Punjab Mental Hospital Lahore 1922-31 - 1922-1931
Year: 1922
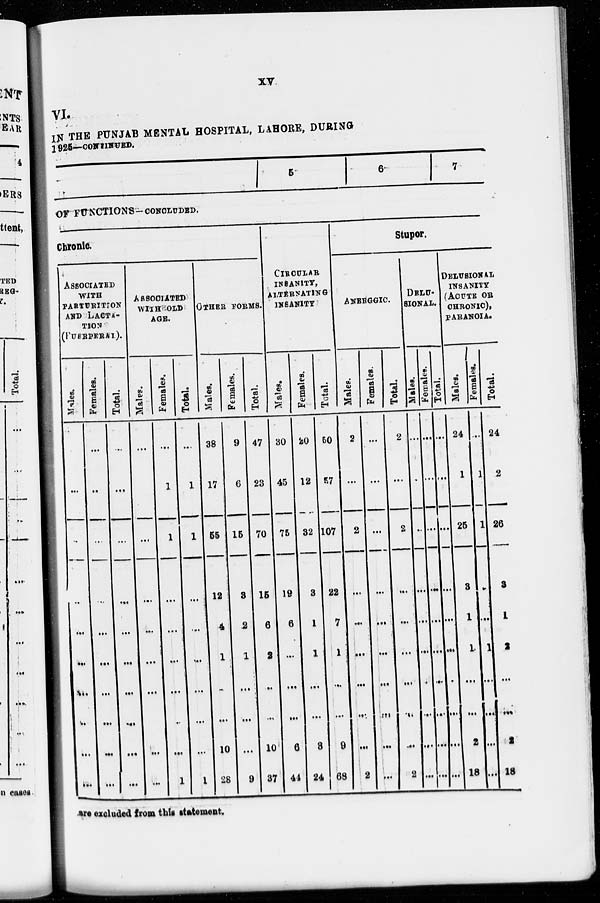
VI.
IN THE PUNJAB MENTAL HOSPITAL, LAHORE, DURING
1925—CONTINUED.
5
6
7
OF FUNCTIONS-CONCLUDED.
Chronic.
ASSOCIATED
WITH
PARTURITION
AND LACTA¬
TION
(PUERPERAL).
Males.
...
...
...
...
...
...
...
...
...
...
Females.
...
...
...
...
...
...
...
...
...
...
Total.
...
...
...
...
...
...
...
...
...
...
ASSOCIATED
WITH OLD
AGE.
Males.
...
...
...
...
...
...
...
...
...
Females.
...
1
1
...
...
...
...
...
...
1
Total.
...
1
1
...
...
...
...
...
...
1
OTHER FORMS.
Males.
38
17
55
12
4
1
...
...
10
28
Females.
9
6
15
3
2
1
...
...
...
9
Total.
47
23
70
15
6
2
...
...
10
37
CIRCULAR
INSANITY,
ALTERNATING
INSANITY
Males.
30
45
75
19
6
...
...
...
6
44
Females.
20
12
32
3
1
1
...
...
3
24
Total.
50
57
107
22
7
1
...
...
9
68
Stupor.
ANERGGIC.
Males.
2
...
2
...
...
...
...
...
...
2
Females.
...
...
...
...
...
...
...
...
...
...
Total.
2
...
2
...
...
...
...
...
...
2
DELU-
SIONAL.
Males.
...
...
...
...
...
...
...
...
...
...
Females.
...
...
...
...
...
...
...
...
...
...
Total.
...
...
...
...
...
...
...
...
...
...
DELUSIONAL
INSANITY
(ACUTE OR
CHRONIC),
PARANOIA.
Males.
24
1
25
3
1
1
...
...
2
18
Females.
...
1
1
...
...
1
...
...
...
...
Total.
24
2
26
3
1
2
...
...
2
18
are excluded from this statement.